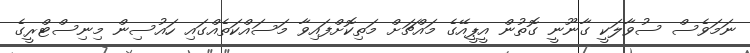
ނަމަވެސް ސުވާލަކީ ގާނޫނީ ގޮތުން އީޕީއޭގެ މައްޗަށް މަތިކޮށްފައިވާ މަސައްކަތެއްގައި ހައުސިން މިނިސްޓްރީގެ